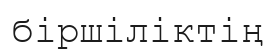
біршіліктің